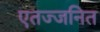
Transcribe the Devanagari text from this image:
एतज्जनित